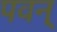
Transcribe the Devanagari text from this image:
पवन्